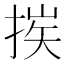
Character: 𢮶